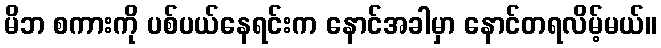
မိဘ စကားကို ပစ်ပယ်နေရင်းက နောင်အခါမှာ နောင်တရလိမ့်မယ်။